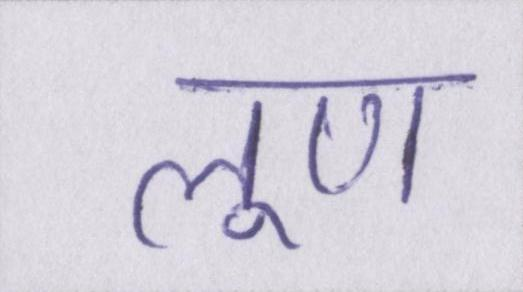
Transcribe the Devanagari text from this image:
लूण